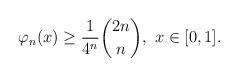
LaTeX: \begin{align*}\varphi_n(x)\geq \frac{1}{4^n}\binom{2n}{n}, \ x\in [0,1].\end{align*}